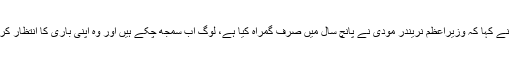
طارق انور نے کہا کہ وزیراعظم نریندر مودی نے پانچ سال میں صرف گمراہ کیا ہے، لوگ اب سمجھ چکے ہیں اور وہ اپنی باری کا انتظار کر رہے ہیں ۔